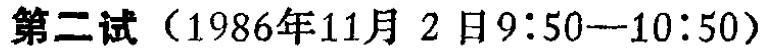
第二试（1986年11月 2 日9:50—10:50）